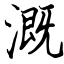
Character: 溉